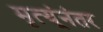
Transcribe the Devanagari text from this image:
मृत्यूंनंतर